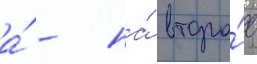
а́ - на́ второ́е